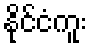
နိုင်ငံကူး